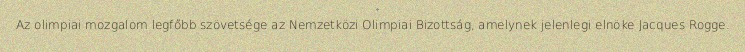
Az olimpiai mozgalom legfőbb szövetsége az Nemzetközi Olimpiai Bizottság, amelynek jelenlegi elnöke Jacques Rogge.